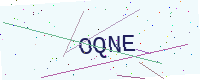
Text: OQNE